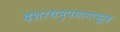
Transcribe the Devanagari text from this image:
दशरथनृपयागापूर्व